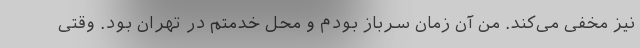
نیز مخفی می‌کند. من آن زمان سرباز بودم و محل خدمتم در تهران بود. وقتی